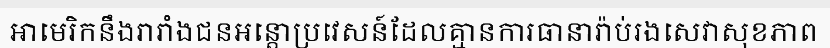
អាមេរិកនឹងរារាំងជនអន្តោប្រវេសន៍ដែលគ្មានការធានារ៉ាប់រងសេវាសុខភាព